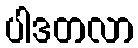
ပါဒတလာ